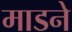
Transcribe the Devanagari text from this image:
माडने